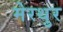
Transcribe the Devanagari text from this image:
मेरथुर